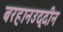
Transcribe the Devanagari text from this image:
बरहानउद्दीन